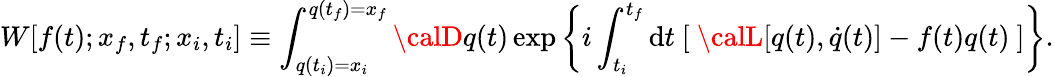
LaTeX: W[f(t);x_{f},t_{f};x_{i},t_{i}]\equiv\int_{q(t_{i})=x_{i}}^{q(t_{f})=x_{f}}{\calD}q(t)\exp\left\{ i\int_{t_{i}}^{t_{f}}\mathrm{d}t\ [\ {\calL}[q(t),\dot{{q}}(t)]-f(t)q(t)\ ]\right\} .